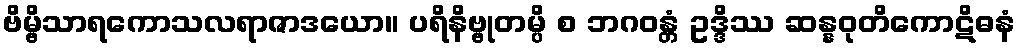
ဗိမ္ဗိသာရကောသလရာဇာဒယော။ ပရိနိဗ္ဗုတမ္ပိ စ ဘဂဝန္တံ ဥဒ္ဒိဿ ဆန္နဝုတိကောဋိဓနံ